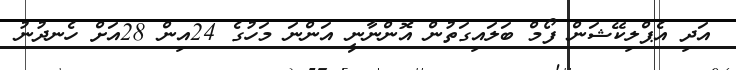
އަދި އެޕްލިކޭޝަން ފޯމް ބަލައިގަތުން އޮންނާނީ އަންނަ މަހުގެ 24އިން 28އަށް ހެނދުނު